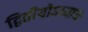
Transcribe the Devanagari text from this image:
द्वितीयोऽध्यायः